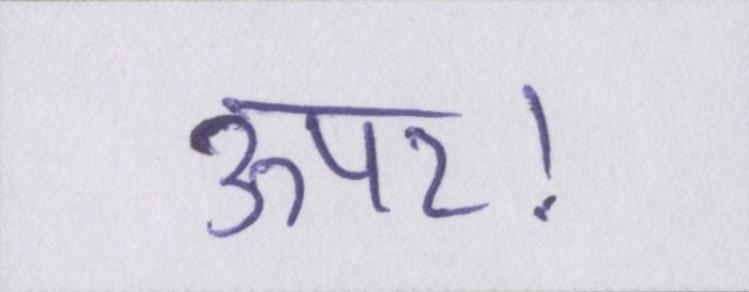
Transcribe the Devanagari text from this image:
ऊपर।